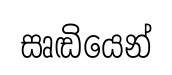
සෘඬියෙන්